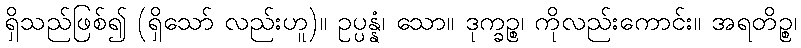
ရှိသည်ဖြစ်၍ (ရှိသော် လည်းဟူ)။ ဥပ္ပန္နံ၊ သော။ ဒုက္ခဉ္စ၊ ကိုလည်းကောင်း။ အရတိဉ္စ၊